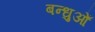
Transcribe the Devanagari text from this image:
बन्धुओँ